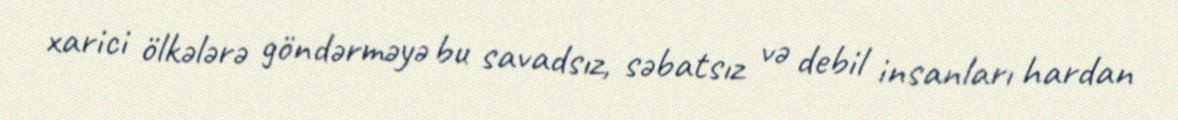
xarici ölkələrə göndərməyə bu savadsız, səbatsız və debil insanları hardan